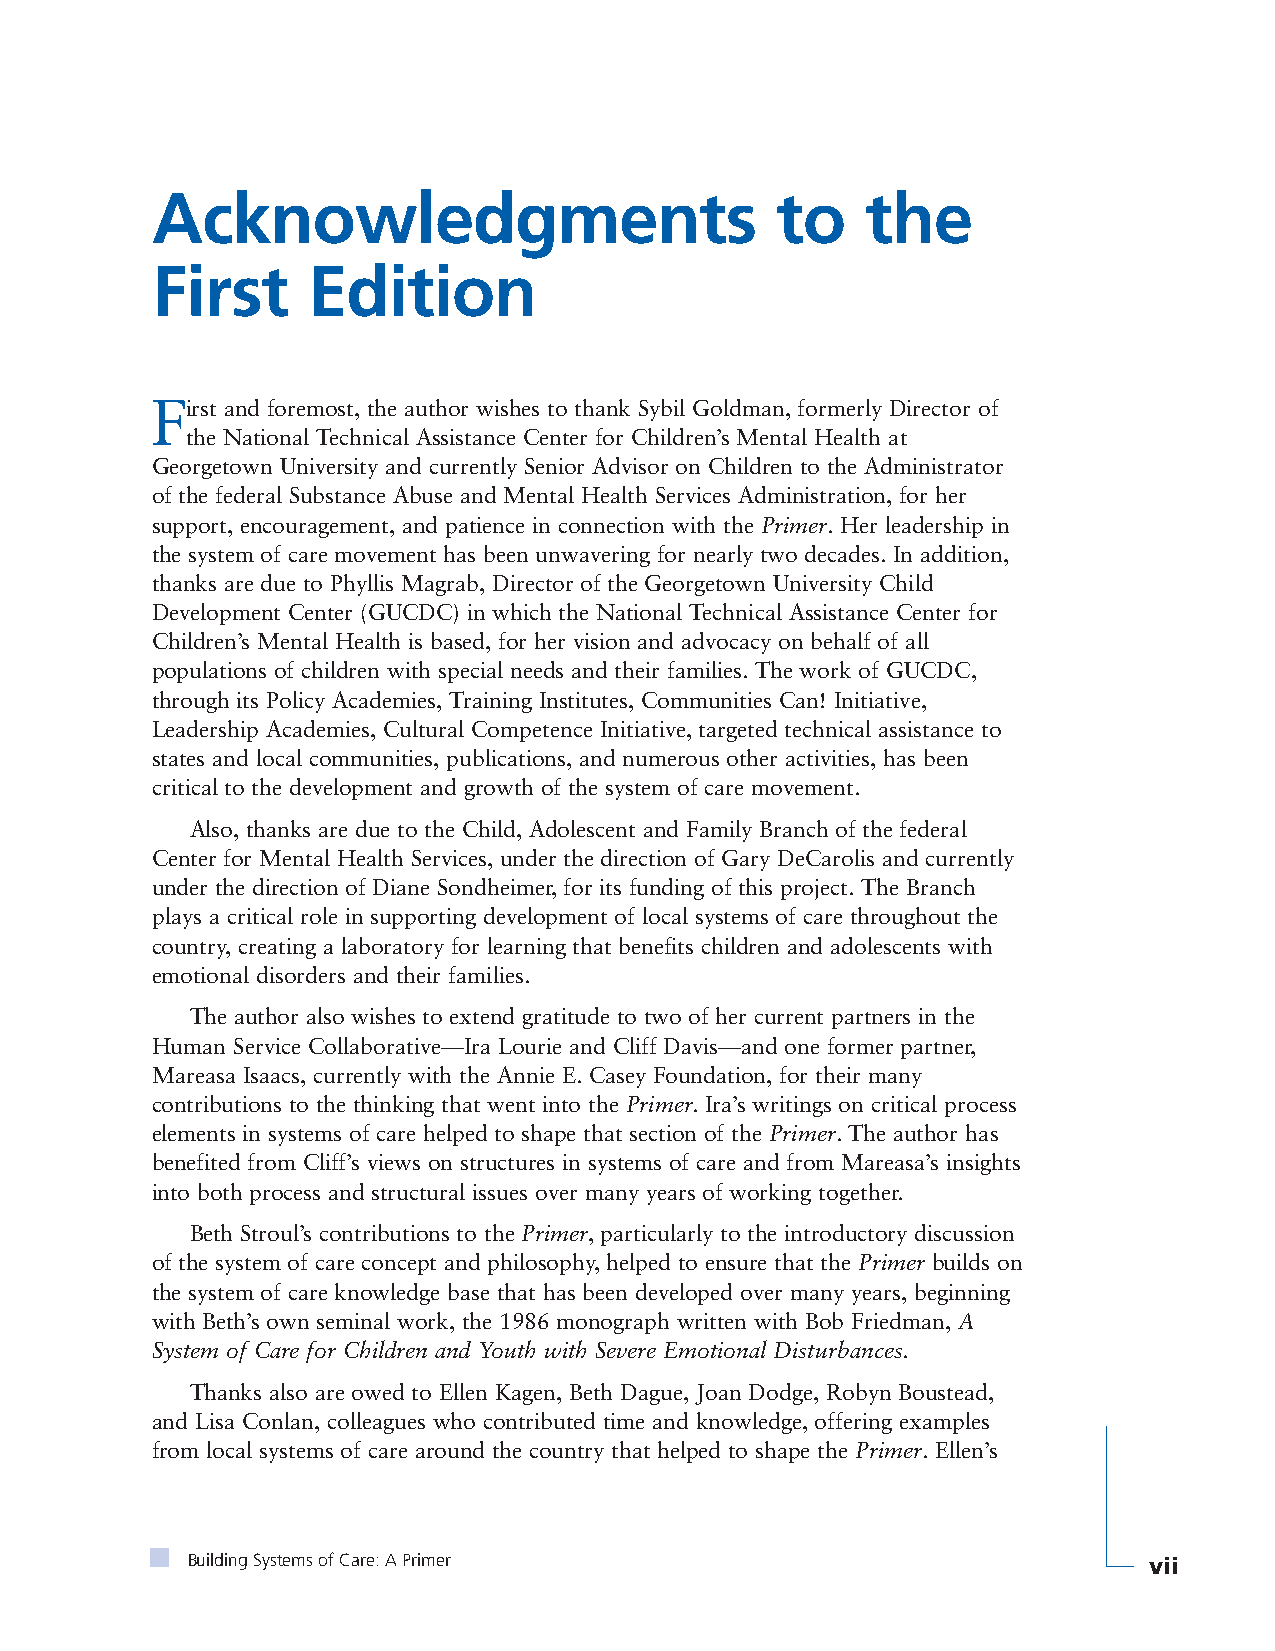
Acknowledgments                          to    the
 First     Edition
 First and foremost, the author wishes to thank Sybil Goldman, formerly Director of
 the National Technical Assistance Center for Children’s Mental Health at
 Georgetown University and currently Senior Advisor on Children to the Administrator
 of the federal Substance Abuse and Mental Health Services Administration, for her
 support, encouragement, and patience in connection with the Primer. Her leadership in
 the system of care movement has been unwavering for nearly two decades. In addition,
 thanks are due to Phyllis Magrab, Director of the Georgetown University Child
 Development Center (GUCDC) in which the National Technical Assistance Center for
 Children’s Mental Health is based, for her vision and advocacy on behalf of all
 populations of children with special needs and their families. The work of GUCDC,
 through its Policy Academies, Training Institutes, Communities Can! Initiative,
 Leadership Academies, Cultural Competence Initiative, targeted technical assistance to
 states and local communities, publications, and numerous other activities, has been
 critical to the development and growth of the system of care movement.
 Also, thanks are due to the Child, Adolescent and Family Branch of the federal
 Center for Mental Health Services, under the direction of Gary DeCarolis and currently
 under the direction of Diane Sondheimer, for its funding of this project. The Branch
 plays a critical role in supporting development of local systems of care throughout the
 country, creating a laboratory for learning that benefits children and adolescents with
 emotional disorders and their families.
 The author also wishes to extend gratitude to two of her current partners in the
 Human Service Collaborative—Ira Lourie and Cliff Davis—and one former partner,
 Mareasa Isaacs, currently with the Annie E. Casey Foundation, for their many
 contributions to the thinking that went into the Primer. Ira’s writings on critical process
 elements in systems of care helped to shape that section of the Primer. The author has
 benefited from Cliff’s views on structures in systems of care and from Mareasa’s insights
 into both process and structural issues over many years of working together.
 Beth Stroul’s contributions to the Primer, particularly to the introductory discussion
 of the system of care concept and philosophy, helped to ensure that the Primer builds on
 the system of care knowledge base that has been developed over many years, beginning
 with Beth’s own seminal work, the 1986 monograph written with Bob Friedman, A
 System of Care for Children and Youth with Severe Emotional Disturbances.
 Thanks also are owed to Ellen Kagen, Beth Dague, Joan Dodge, Robyn Boustead,
 and Lisa Conlan, colleagues who contributed time and knowledge, offering examples
 from local systems of care around the country that helped to shape the Primer. Ellen’s
 Building Systems of Care: A Primer                              vii